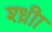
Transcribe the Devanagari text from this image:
श्ध्रीा